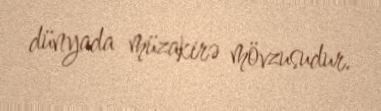
dünyada müzakirə mövzusudur.